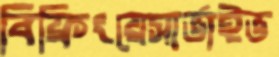
বিফ্রিংয়েসার্ভাইভ